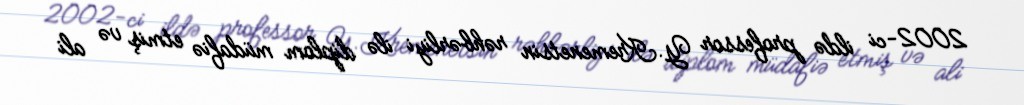
2002-ci ildə professor Y.Kremenetsin rəhbərliyi ilə diplom müdafiə etmiş və ali